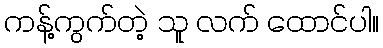
ကန့်ကွက်တဲ့ သူ လက် ထောင်ပါ။